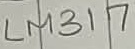
Text: LM317